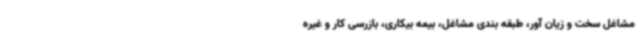
مشاغل سخت و زیان آور، طبقه بندی مشاغل، بیمه بیکاری، بازرسی کار و غیره